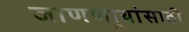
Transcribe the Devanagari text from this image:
जाणणार्‍यांसाठी